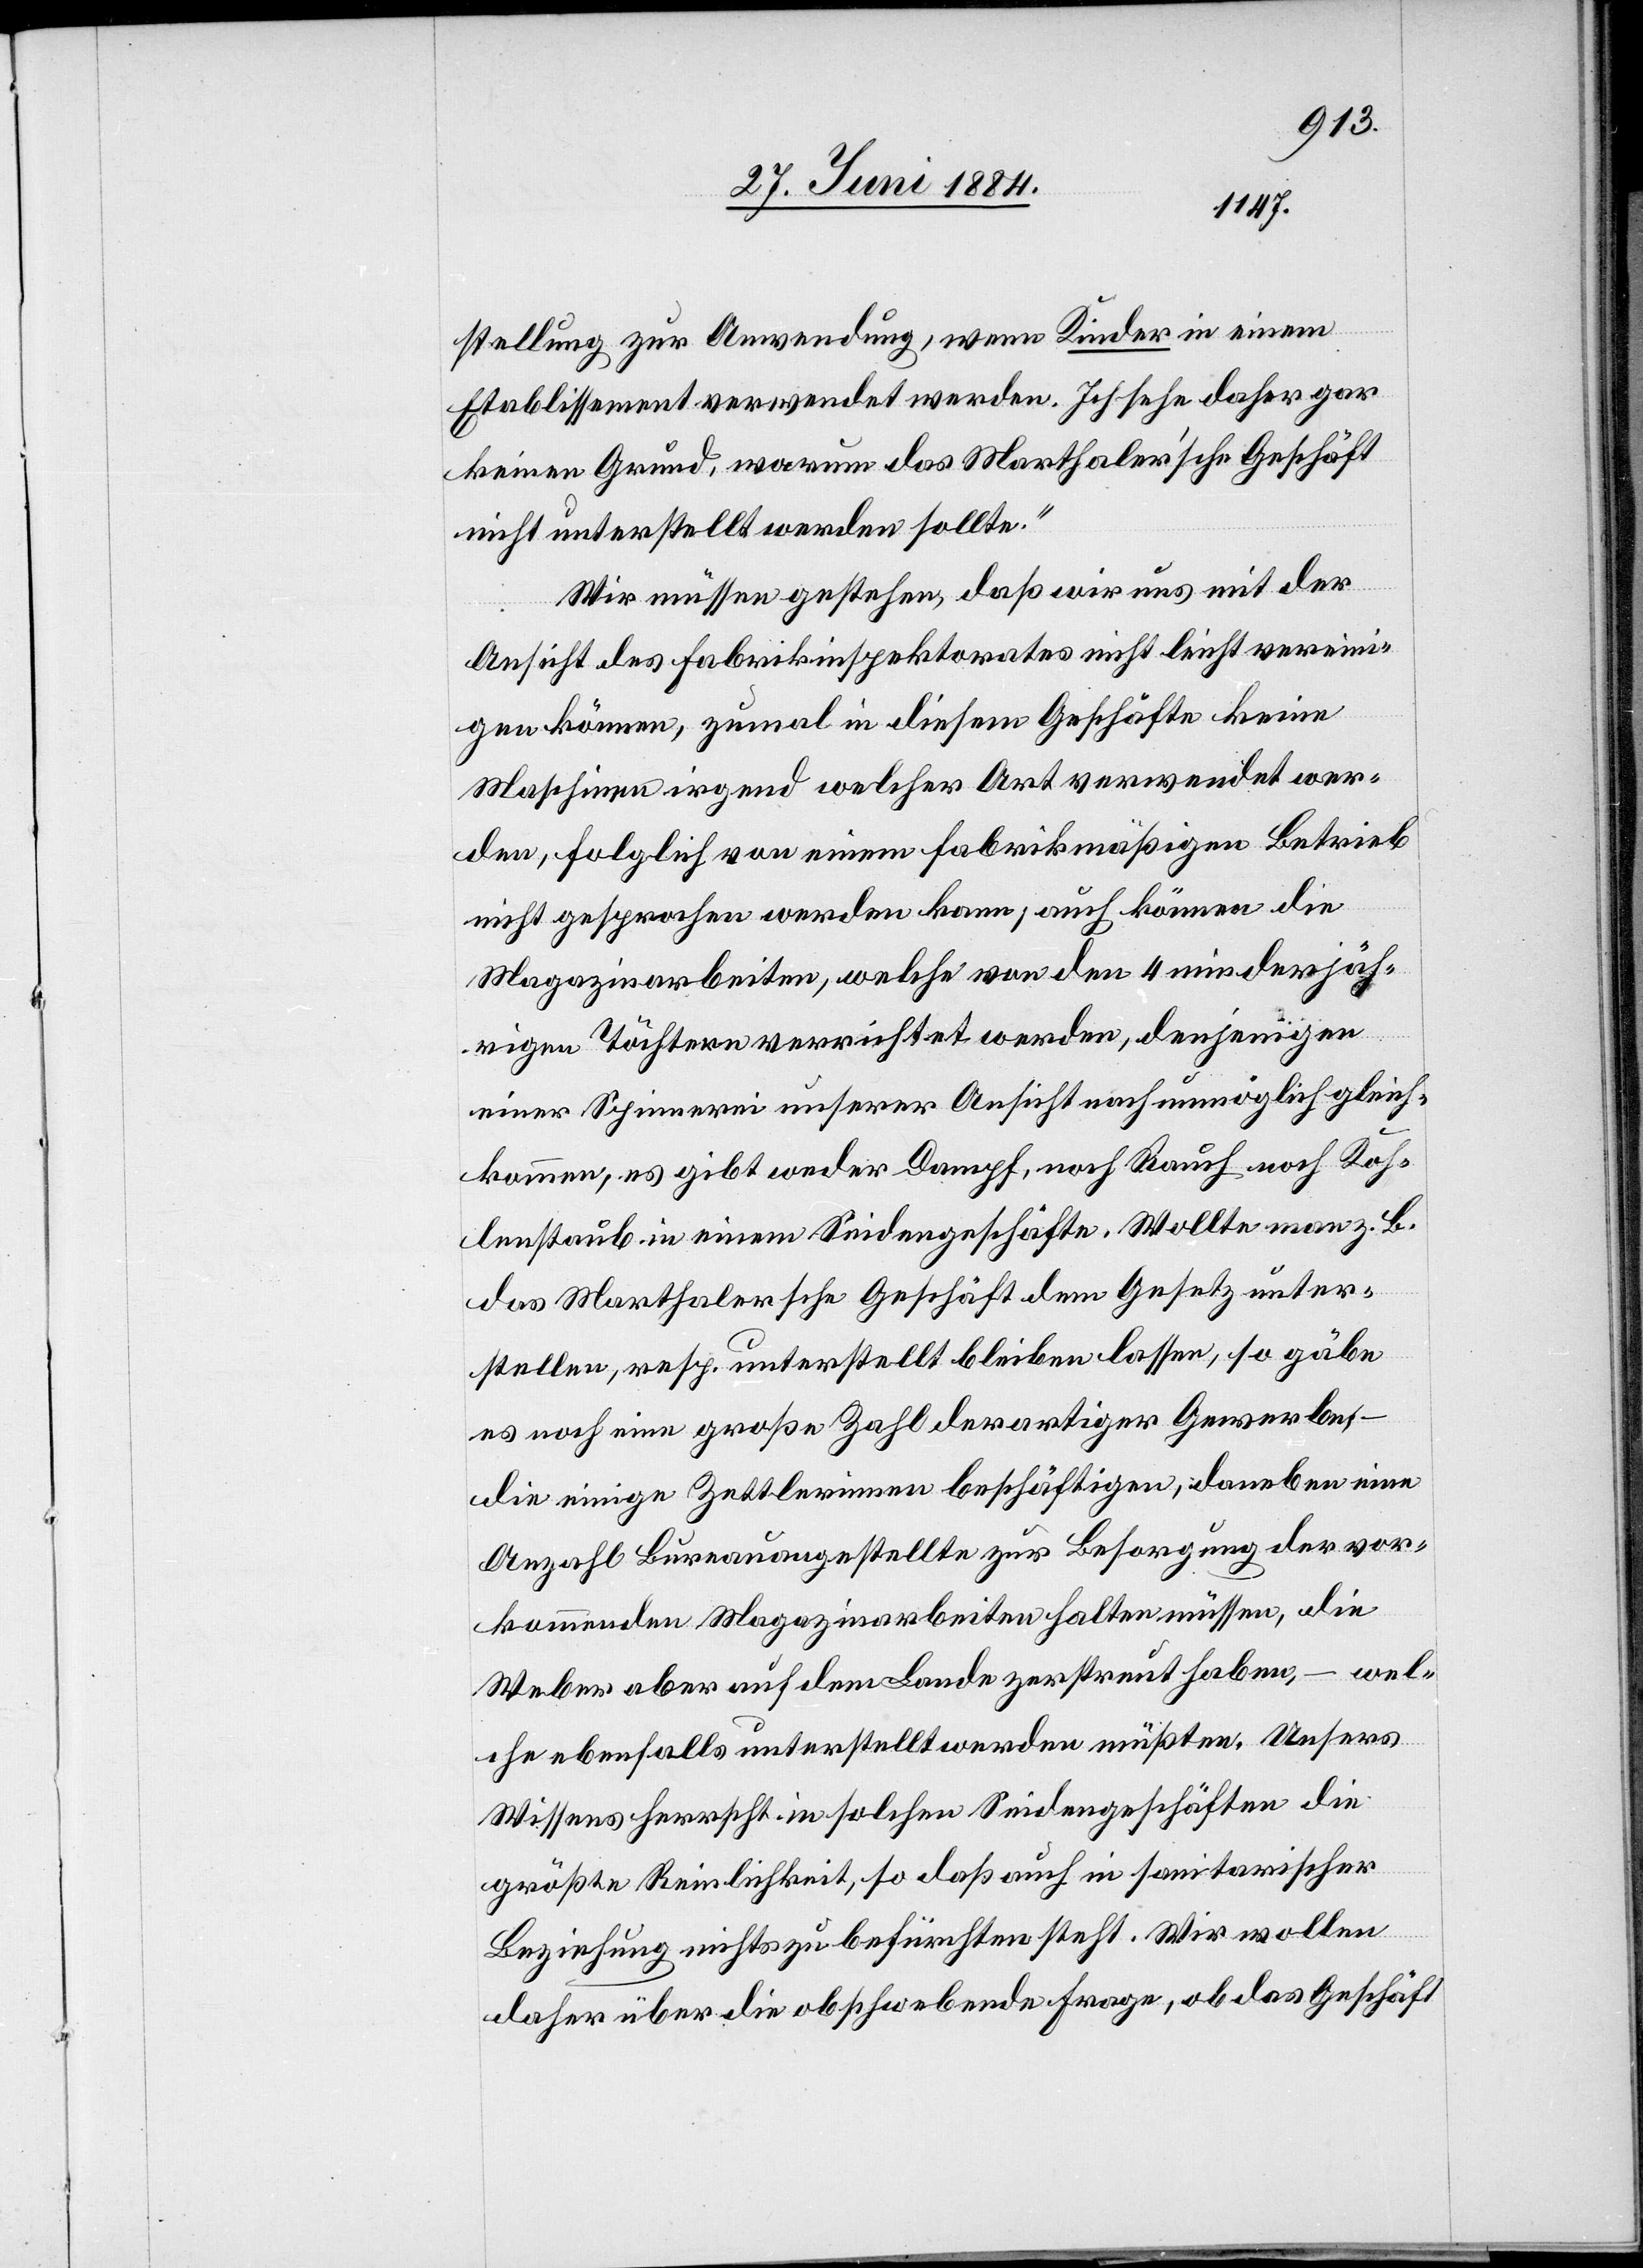
stellung zur Anwendung, wenn Kinder in einem
Etablissement verwendet werden. Ich sehe daher gar
keinen Grund, warum das Marthaler’sche Geschäft
nicht unterstellt werden sollte.“
Wir müssen gestehen, daß wir uns mit der
Ansicht des Fabrikinspektorates nicht leicht vereini¬
gen können, zumal in diesem Geschäfte keine
Maschinen irgend welcher Art verwendet wer¬
den, folglich von einem fabrikmäßigen Betrieb
nicht gesprochen werden kann, auch können die
Magazinarbeiten, welche von den 4 minderjäh¬
rigen Töchtern verrichtet werden, denjenigen
einer Spinnerei unserer Ansicht nach unmöglich gleich¬
kommen, es gibt weder Dampf, noch Rauch noch Koh¬
lenstaub in einem Seidengeschäfte. Wollte man z. B.
das Marthalersche Geschäft dem Gesetz unter¬
stellen, resp. unterstellt bleiben lassen, so gäbe
es noch eine große Zahl derartiger Gewerbe, –
die einige Zettlerinnen beschäftigen, daneben eine
Anzahl Bureauangestellte zur Besorgung der vor¬
kommenden Magazinarbeiten halten müssen, die
Weber aber auf dem Lande zerstreut haben, – wel¬
che ebenfalls unterstellt werden müßten. Unsers
Wissens herrscht in solchen Seidengeschäften die
größte Reinlichkeit, so daß auch in sanitarischer
Beziehung nichts zu befürchten steht. Wir wollen
daher über die obschwebende Frage, ob das Geschäft